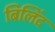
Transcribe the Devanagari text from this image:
बिलिंद